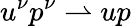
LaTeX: u^{\nu}p^{\nu}\rightharpoonup up